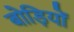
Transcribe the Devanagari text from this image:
बोड़ियों